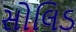
સોલિડ